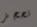
نحجز